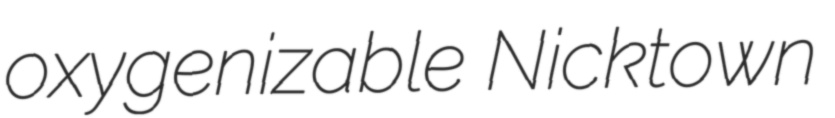
oxygenizable Nicktown